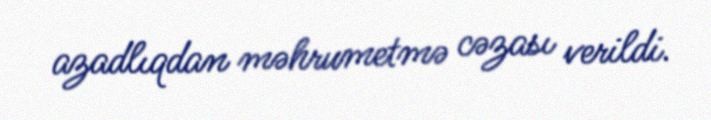
azadlıqdan məhrumetmə cəzası verildi.